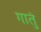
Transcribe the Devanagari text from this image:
गातुं